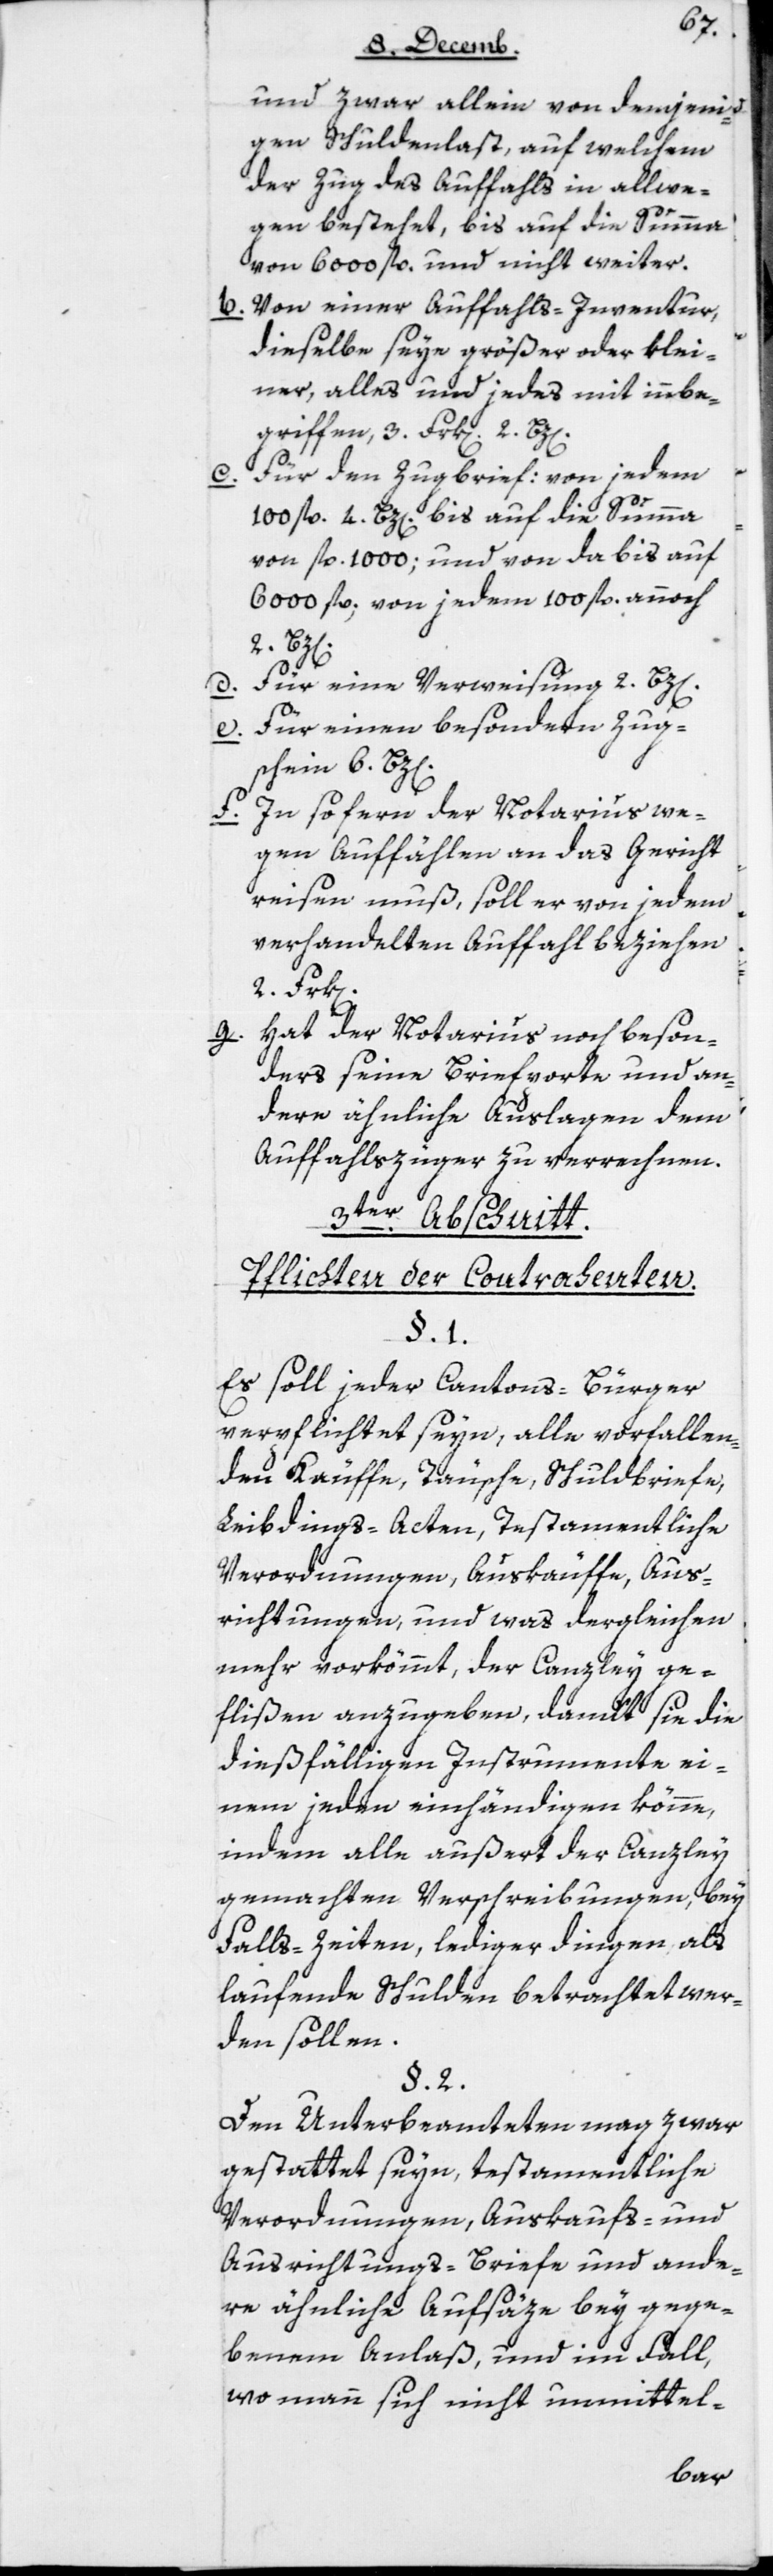
und zwar allein von demjeni¬
gen Schuldenlast, auf welchem
der Zug des Auffahls in allwe¬
gen bestehet, bis auf die Summe
von 6000 fl. und nicht weiter.
b. Von einer Auffahls-Inventur
dieselbe seye größer oder klei¬
ner, alles und jedes mit innbe¬
griffen, 3 Frk[en] 2
Für den Zugbrief: von jedem
100 fl. 4 Bz[en] bis auf die Summa
von fl. 1000; und von da bis auf
6000 fl. von jedem 100 fl. annoch
d. Für eine Verweisung 2 Bz[en].
e. Für einen besondern Zug¬
schein 6 Bz[en].
f. In so fern der Notarius we¬
gen Auffählen an das Gericht
reisen muß, soll er von jedem
verhandelten Auffahl beziehen
Hat der Notarius noch beson¬
g.
ders seine Briefporte und an¬
dere ähnliche Auslagen dem
Auffahlszüger zu verrechnen.
3ter Abschnitt.
Pflichten der Contrahenten.
§ 1.
Es soll jeder Cantons-Bürger
verpflichtet seyn, alle vorfallen¬
den Käuffe, Täusche, Schuldbriefe,
Leibdings-Acten, Testamentliche
Verordnungen, Aufkäuffe, Aus¬
richtungen, und was dergleichen
mehr vorkömmt, der Canzley ge¬
flißen anzugeben, damit sie die
dießfälligen Instrumente ei¬
nem jeden einhändigen könne,
indem alle außert der Canzley
gemachten Verschreibungen, bey
Falls-Zeiten, lediger Dingen als
laufende Schulden betrachtet wer¬
den sollen.
§ 2.
Den Unterbeamteten mag zwar
gestattet seyn, testamentliche
Verordnungen, Auskaufs- und
Ausrichtungs-Briefe und ande¬
re ähnliche Aufsäze bey gege¬
benem Anlaß, und im Fall,
wo man sich nicht unmittel-